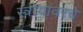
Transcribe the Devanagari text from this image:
स्त्रीयांवरचे